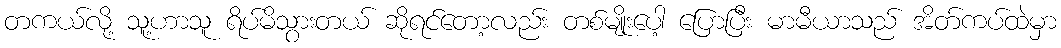
တကယ်လို့ သူ့ဟာသူ ရိပ်မိသွားတယ် ဆိုရင်တော့လည်း တစ်မျိုးပေါ့ ပြောပြီး မာမီယာသည် အိတ်ကပ်ထဲမှာ